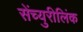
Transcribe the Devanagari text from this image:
सेंच्युरीलिंक